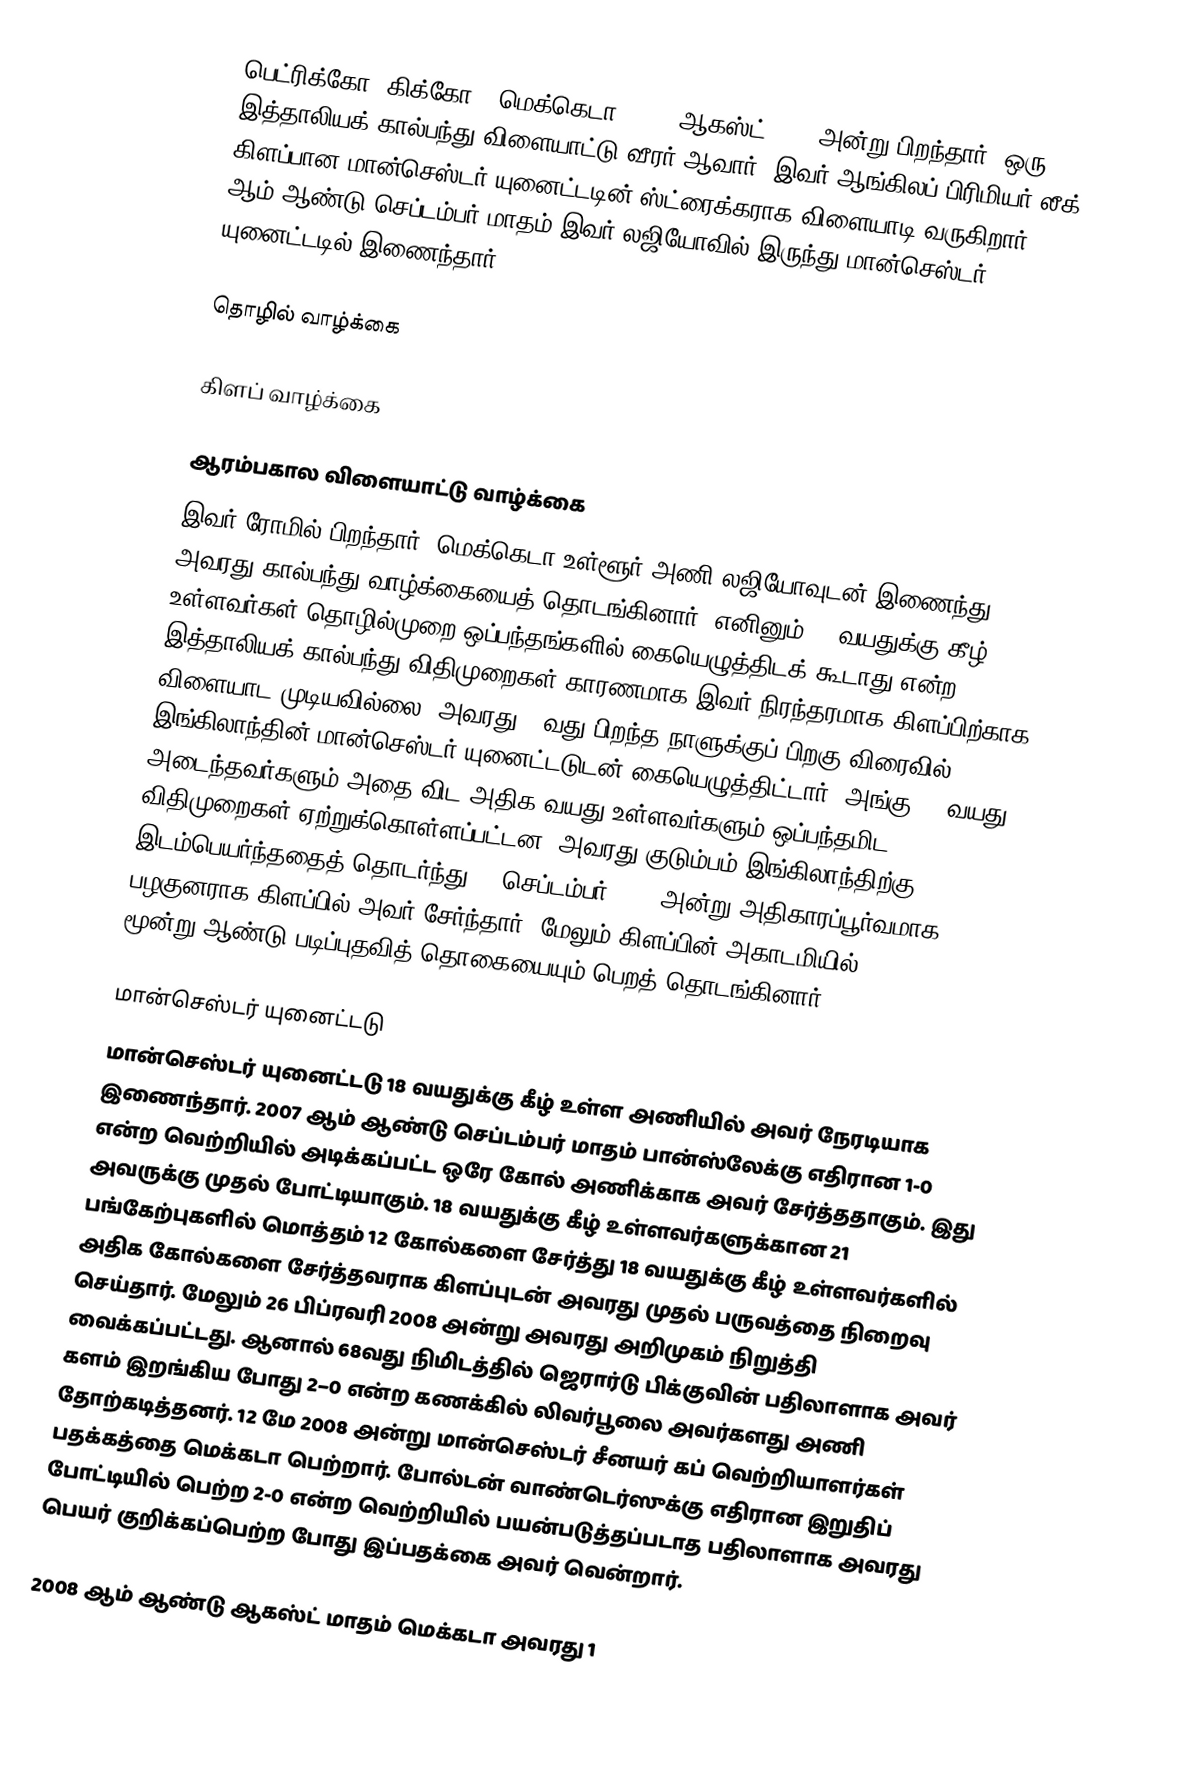
பெட்ரிக்கோ "கிக்கோ " மெக்கெடா (; 22 ஆகஸ்ட் 1991 அன்று பிறந்தார்) ஒரு இத்தாலியக் கால்பந்து விளையாட்டு வீரர் ஆவார். இவர் ஆங்கிலப் பிரிமியர் லீக் கிளப்பான மான்செஸ்டர் யுனைட்டடின் ஸ்ட்ரைக்கராக விளையாடி வருகிறார். 2007 ஆம் ஆண்டு செப்டம்பர் மாதம் இவர் லஜியோவில் இருந்து மான்செஸ்டர் யுனைட்டடில் இணைந்தார்.

தொழில் வாழ்க்கை

கிளப் வாழ்க்கை

ஆரம்பகால விளையாட்டு வாழ்க்கை
இவர் ரோமில் பிறந்தார். மெக்கெடா உள்ளூர் அணி லஜியோவுடன் இணைந்து அவரது கால்பந்து வாழ்க்கையைத் தொடங்கினார். எனினும் 18 வயதுக்கு கீழ் உள்ளவர்கள் தொழில்முறை ஒப்பந்தங்களில் கையெழுத்திடக் கூடாது என்ற இத்தாலியக் கால்பந்து விதிமுறைகள் காரணமாக இவர் நிரந்தரமாக கிளப்பிற்காக விளையாட முடியவில்லை. அவரது 16வது பிறந்த நாளுக்குப் பிறகு விரைவில் இங்கிலாந்தின் மான்செஸ்டர் யுனைட்டடுடன் கையெழுத்திட்டார். அங்கு 16 வயது அடைந்தவர்களும் அதை விட அதிக வயது உள்ளவர்களும் ஒப்பந்தமிட விதிமுறைகள் ஏற்றுக்கொள்ளப்பட்டன. அவரது குடும்பம் இங்கிலாந்திற்கு இடம்பெயர்ந்ததைத் தொடர்ந்து 16 செப்டம்பர் 2007 அன்று அதிகாரப்பூர்வமாக பழகுனராக கிளப்பில் அவர் சேர்ந்தார். மேலும் கிளப்பின் அகாடமியில் மூன்று-ஆண்டு படிப்புதவித் தொகையையும் பெறத் தொடங்கினார்.

மான்செஸ்டர் யுனைட்டடு
மான்செஸ்டர் யுனைட்டடு 18 வயதுக்கு கீழ் உள்ள அணியில் அவர் நேரடியாக இணைந்தார். 2007 ஆம் ஆண்டு செப்டம்பர் மாதம் பான்ஸ்லேக்கு எதிரான 1-0 என்ற வெற்றியில் அடிக்கப்பட்ட ஒரே கோல் அணிக்காக அவர் சேர்த்ததாகும். இது அவருக்கு முதல் போட்டியாகும். 18 வயதுக்கு கீழ் உள்ளவர்களுக்கான 21 பங்கேற்புகளில் மொத்தம் 12 கோல்களை சேர்த்து 18 வயதுக்கு கீழ் உள்ளவர்களில் அதிக கோல்களை சேர்த்தவராக கிளப்புடன் அவரது முதல் பருவத்தை நிறைவு செய்தார். மேலும் 26 பிப்ரவரி 2008 அன்று அவரது அறிமுகம் நிறுத்தி வைக்கப்பட்டது. ஆனால் 68வது நிமிடத்தில் ஜெரார்டு பிக்குவின் பதிலாளாக அவர் களம் இறங்கிய போது 2–0 என்ற கணக்கில் லிவர்பூலை அவர்களது அணி தோற்கடித்தனர். 12 மே 2008 அன்று மான்செஸ்டர் சீனயர் கப் வெற்றியாளர்கள் பதக்கத்தை மெக்கடா பெற்றார். போல்டன் வாண்டெர்ஸுக்கு எதிரான இறுதிப் போட்டியில் பெற்ற 2-0 என்ற வெற்றியில் பயன்படுத்தப்படாத பதிலாளாக அவரது பெயர் குறிக்கப்பெற்ற போது இப்பதக்கை அவர் வென்றார்.

2008 ஆம் ஆண்டு ஆகஸ்ட் மாதம் மெக்கடா அவரது 1